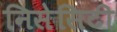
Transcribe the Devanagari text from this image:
निसेसिटी